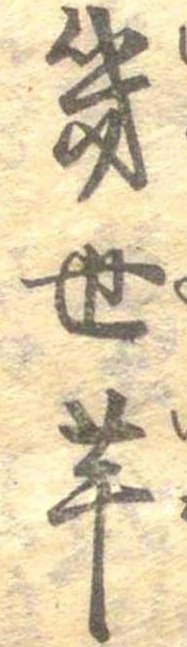
幾世芋